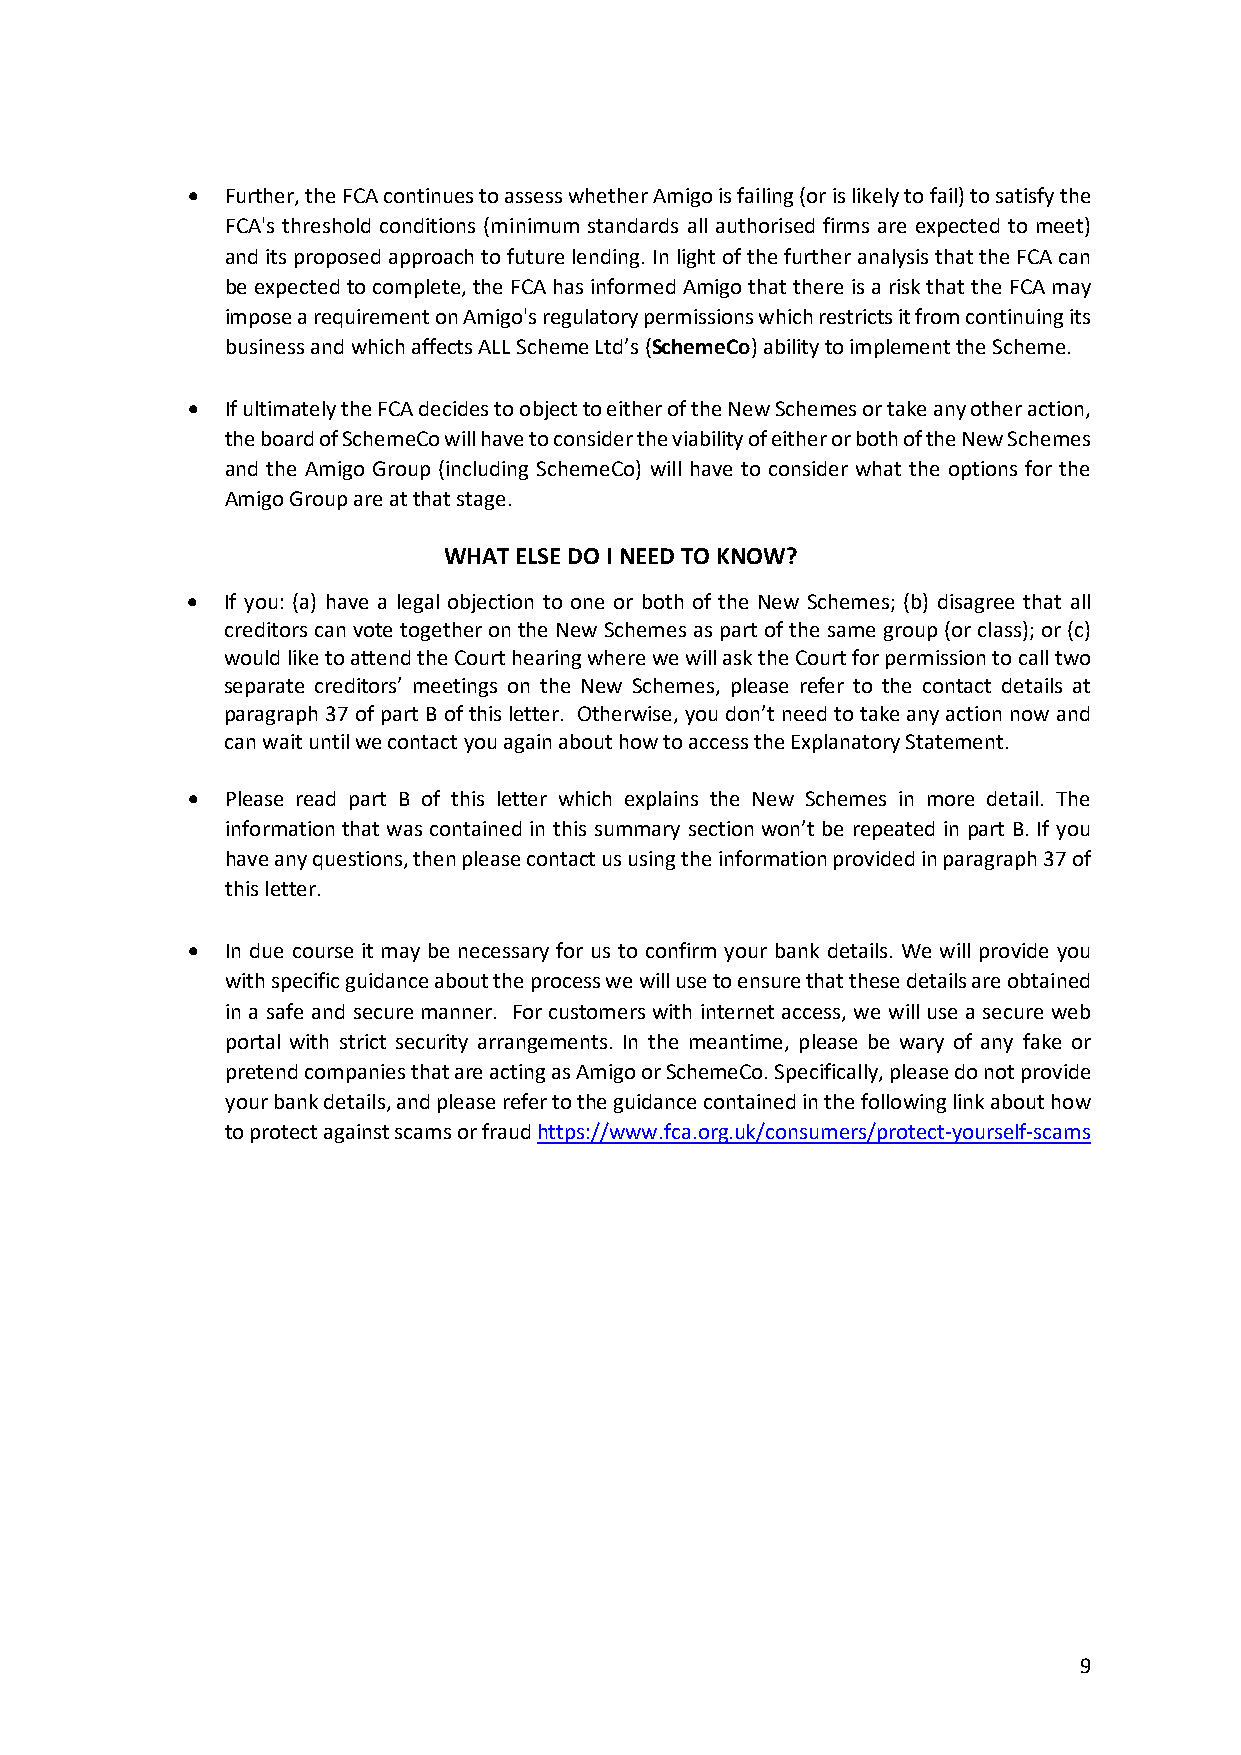
  Further, the FCA continues to assess whether Amigo is failing (or is likely to fail) to satisfy the
 FCA's threshold conditions (minimum standards all authorised firms are expected to meet)
 and its proposed approach to future lending. In light of the further analysis that the FCA can
 be expected to complete, the FCA has informed Amigo that there is a risk that the FCA may
 impose a requirement on Amigo's regulatory permissions which restricts it from continuing its
 business and which affects ALL Scheme Ltd’s (SchemeCo) ability to implement the Scheme.
   If ultimately the FCA decides to object to either of the New Schemes or take any other action,
 the board of SchemeCo will have to consider the viability of either or both of the New Schemes
 and the Amigo Group (including SchemeCo) will have to consider what the options for the
 Amigo Group are at that stage.
 WHAT ELSE DO I NEED TO KNOW?
   If you: (a) have a legal objection to one or both of the New Schemes; (b) disagree that all
 creditors can vote together on the New Schemes as part of the same group (or class); or (c)
 would like to attend the Court hearing where we will ask the Court for permission to call two
 separate creditors’ meetings on the New Schemes, please refer to the contact details at
 paragraph 37 of part B of this letter. Otherwise, you don’t need to take any action now and
 can wait until we contact you again about how to access the Explanatory Statement.
   Please read part B of this letter which explains the New Schemes in more detail. The
 information that was contained in this summary section won’t be repeated in part B. If you
 have any questions, then please contact us using the information provided in paragraph 37 of
 this letter.
   In due course it may be necessary for us to confirm your bank details. We will provide you
 with specific guidance about the process we will use to ensure that these details are obtained
 in a safe and secure manner. For customers with internet access, we will use a secure web
 portal with strict security arrangements. In the meantime, please be wary of any fake or
 pretend companies that are acting as Amigo or SchemeCo. Specifically, please do not provide
 your bank details, and please refer to the guidance contained in the following link about how
 to protect against scams or fraud https://www.fca.org.uk/consumers/protect-yourself-scams
 9